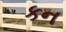
કન